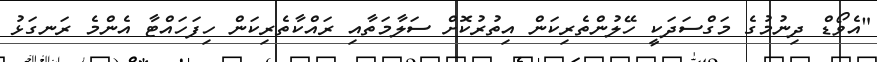
"އެވޯޑް ދިނުމުގެ މަގްސަދަކީ ހޭލުންތެރިކަން އިތުރުކޮށް ސަލާމަތާއި ރައްކާތެރިކަން ހިފަހައްޓާ އެންމެ ރަނގަޅު